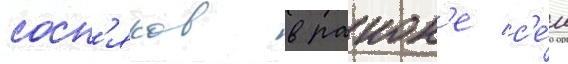
сосн'яков в раион'е с'е́л